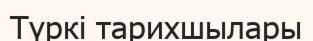
Түркі тарихшылары